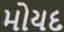
મોયદ